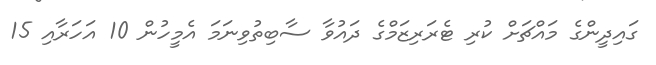
ގައިދީންގެ މައްޗަށް ކުރި ޓެރަރިޒަމްގެ ދައުވާ ސާބިތުވިނަމަ އެމީހުން 10 އަހަރާއި 15